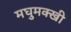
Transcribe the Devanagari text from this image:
मघुमक्खी